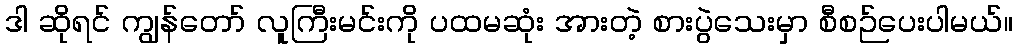
ဒါ ဆိုရင် ကျွန်တော် လူကြီးမင်းကို ပထမဆုံး အားတဲ့ စားပွဲသေးမှာ စီစဉ်ပေးပါမယ်။